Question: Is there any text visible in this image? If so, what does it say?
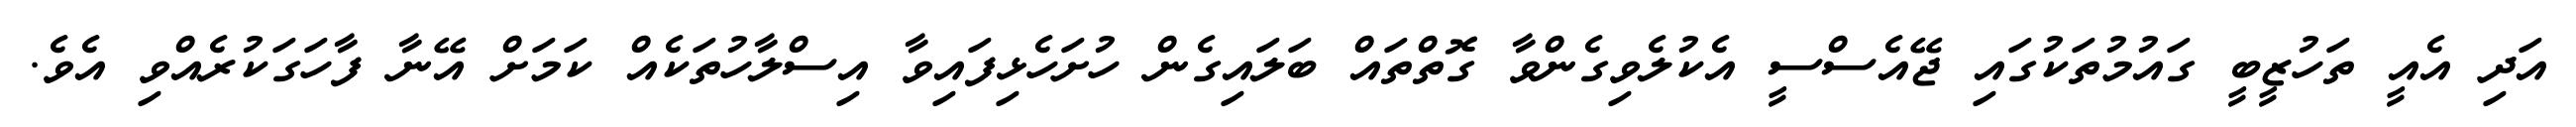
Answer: އަދި އެއީ ތަހުޒީބީ ގައުމުތަކުގައި ޖޭއެސްސީ އެކުލެވިގެންވާ ގޮތްތައް ބަލައިގެން ހުށަހެޅިފައިވާ އިސްލާހުތަކެއް ކަމަށް އޭނާ ފާހަގަކުރެއްވި އެވެ.